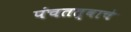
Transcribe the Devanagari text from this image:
पंचतत्वाचे